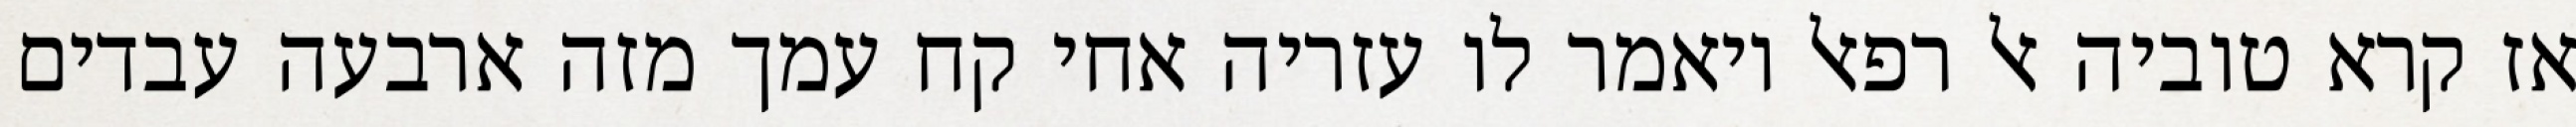
אז קרא טוביה אל רפאל ויאמר לו עזריה אחי קח עמך מזה ארבעה עבדים